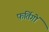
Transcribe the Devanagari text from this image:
फर्तिगों